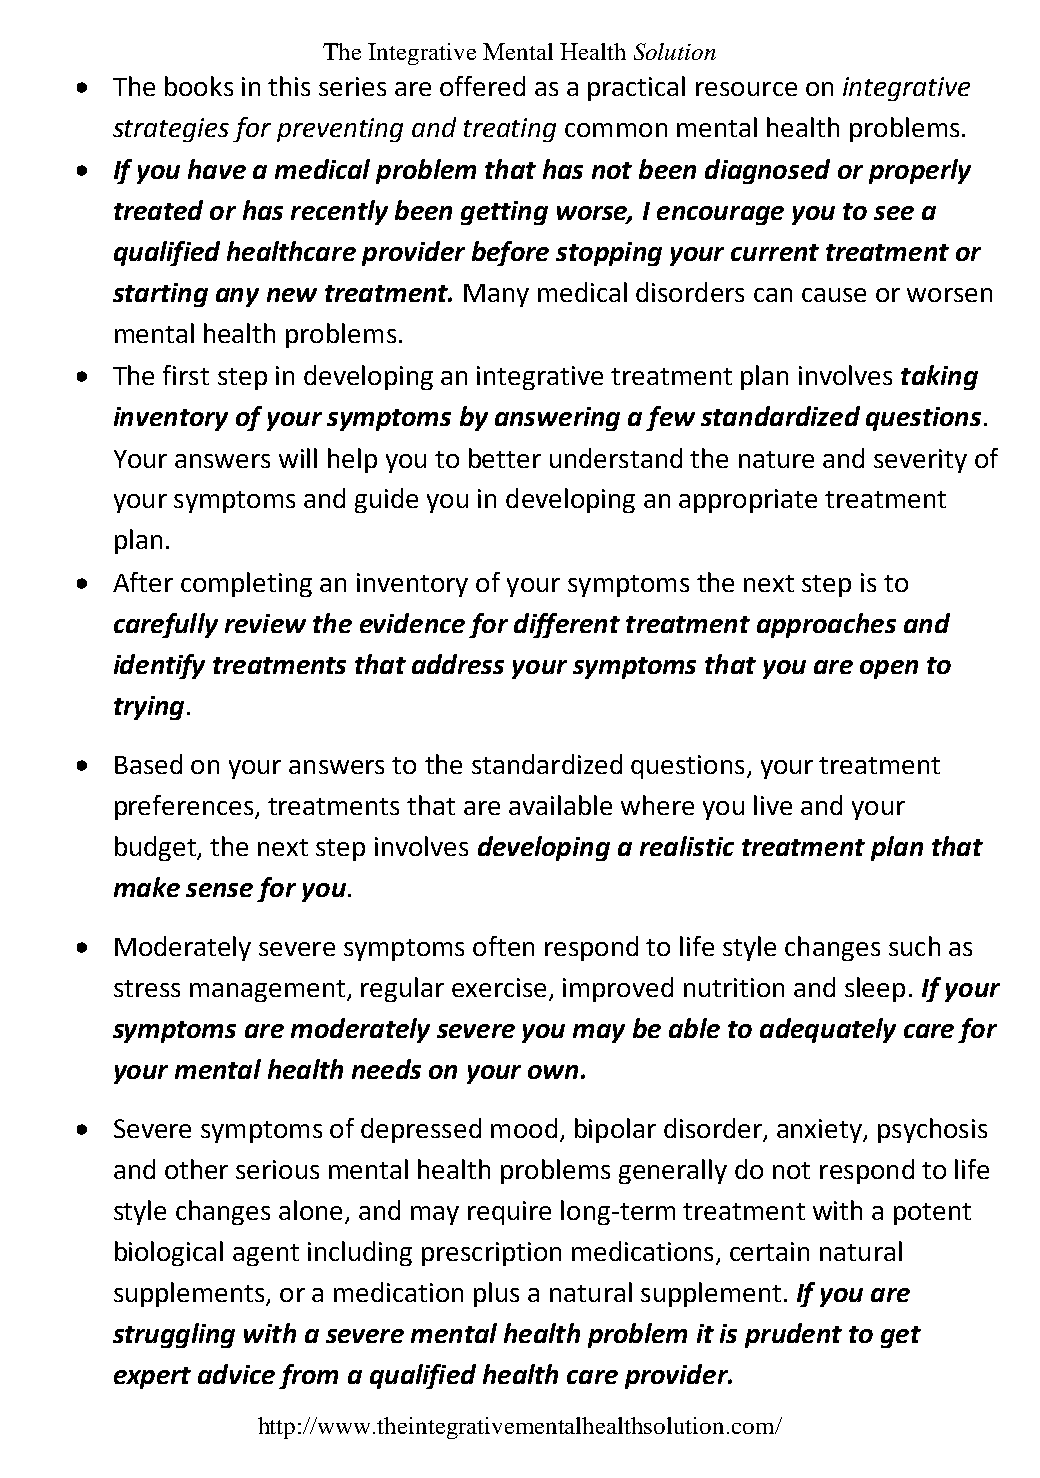
The Integrative Mental Health Solution
  The books in this series are offered as a practical resource on integrative
 strategies for preventing and treating common mental health problems.
  If you have a medical problem that has not been diagnosed or properly
 treated or has recently been getting worse, I encourage you to see a
 qualified healthcare provider before stopping your current treatment or
 starting any new treatment. Many medical disorders can cause or worsen
 mental health problems.
  The first step in developing an integrative treatment plan involves taking
 inventory of your symptoms by answering a few standardized questions.
 Your answers will help you to better understand the nature and severity of
 your symptoms and guide you in developing an appropriate treatment
 plan.
  After completing an inventory of your symptoms the next step is to
 carefully review the evidence for different treatment approaches and
 identify treatments that address your symptoms that you are open to
 trying.
  Based on your answers to the standardized questions, your treatment
 preferences, treatments that are available where you live and your
 budget, the next step involves developing a realistic treatment plan that
 make sense for you.
  Moderately severe symptoms often respond to life style changes such as
 stress management, regular exercise, improved nutrition and sleep. If your
 symptoms are moderately severe you may be able to adequately care for
 your mental health needs on your own.
  Severe symptoms of depressed mood, bipolar disorder, anxiety, psychosis
 and other serious mental health problems generally do not respond to life
 style changes alone, and may require long-term treatment with a potent
 biological agent including prescription medications, certain natural
 supplements, or a medication plus a natural supplement. If you are
 struggling with a severe mental health problem it is prudent to get
 expert advice from a qualified health care provider.
 http://www.theintegrativementalhealthsolution.com/